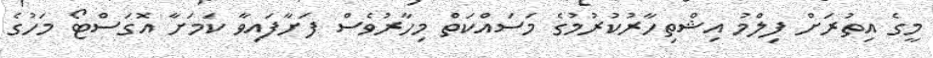
މީގެ އިތުރަށް ފިލްމު އިޝްތިހާރުކުރުމުގެ މަސައްކަތް މިހާރުވެސް ފަށާފައިވާ ކަމަށާ އޮގަސްޓޯ މަހުގެ